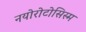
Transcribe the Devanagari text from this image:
नयोरोटोसिस्म